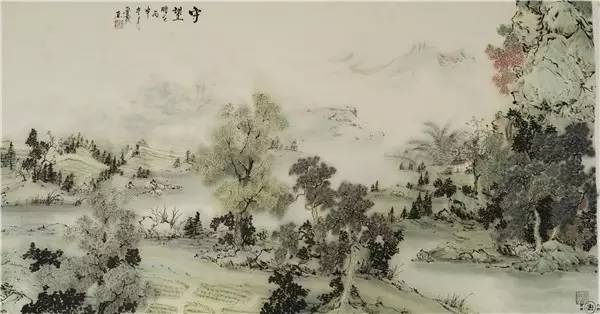
残灯孤枕梦，轻浪五更风。